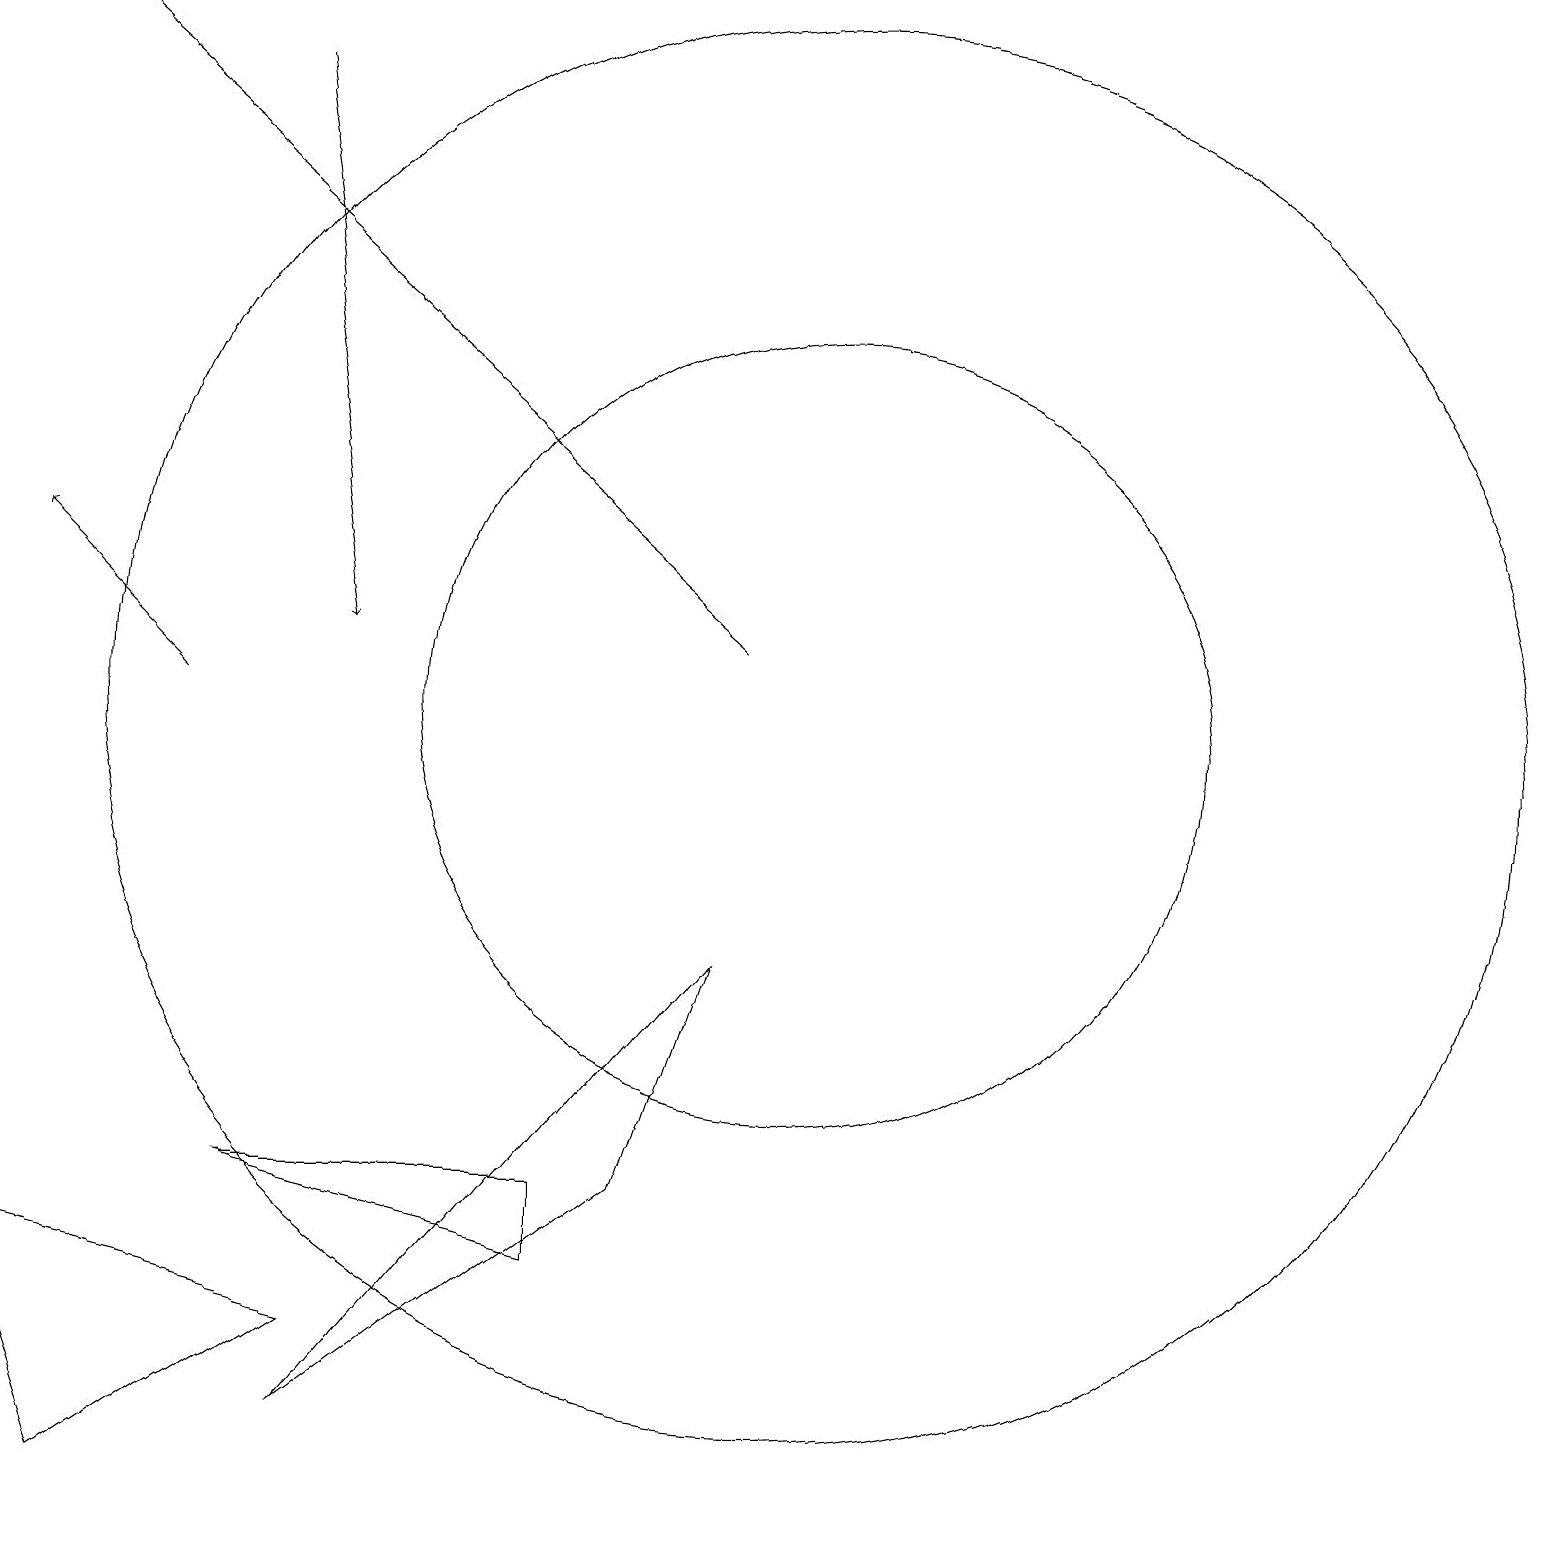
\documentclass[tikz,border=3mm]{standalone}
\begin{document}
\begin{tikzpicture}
\draw (9,7) -- (4,1) -- (8,4) -- cycle;
\draw[->] (2,10) -- (0,12);
\draw (3,4) -- (7,4) -- (7,3) -- cycle;
\draw (10,10) circle (9);
\draw (1,0) -- (0,3) -- (4,2) -- cycle;
\draw[->] (9,11) -- (0,19);
\draw[->] (3,18) -- (4,11);
\draw (10,10) circle (5);
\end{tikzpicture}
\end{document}